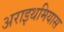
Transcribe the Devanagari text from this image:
अराइथमियास